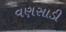
વણસાડી